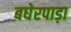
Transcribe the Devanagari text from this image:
बघेरपाड़ा